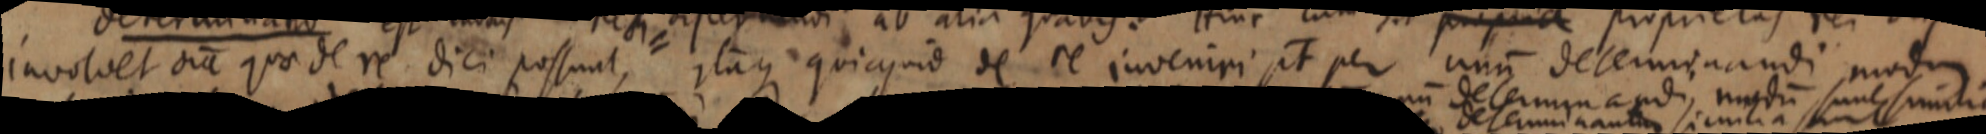
involvet sia quodere dici possunt, itaque quicquid de re inveniri pt per unum determinandi modum